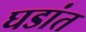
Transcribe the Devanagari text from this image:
घडांत